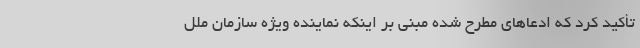
تأکید کرد که ادعاهای مطرح شده مبنی بر اینکه نماینده ویژه سازمان ملل